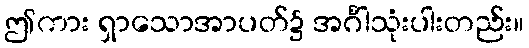
ဤကား ရှာသောအာပတ်၌ အင်္ဂါသုံးပါးတည်း။